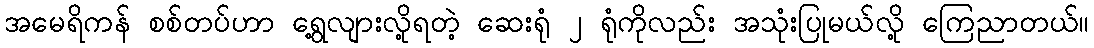
အမေရိကန် စစ်တပ်ဟာ ရွေ့လျားလို့ရတဲ့ ဆေးရုံ ၂ ရုံကိုလည်း အသုံးပြုမယ်လို့ ကြေညာတယ်။